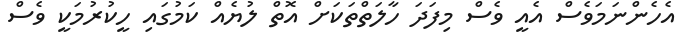
އެހެންނަމަވެސް އެއީ ވެސް މިފަދަ ހާލަތްތަކަށް އޮތް ލުޔެއް ކަމުގައި ހީކުރުމަކީ ވެސް